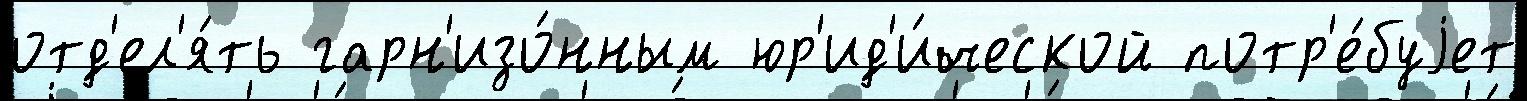
отд'ел'я́ть гарн'изо́нным юр'ид'и́ческой потр'е́буjет